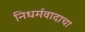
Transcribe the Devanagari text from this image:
निधर्मवादाचा